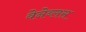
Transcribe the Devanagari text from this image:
वेनेब्लस